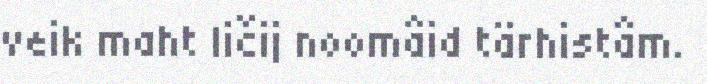
veik maht ličij noomâid tärhistâm.